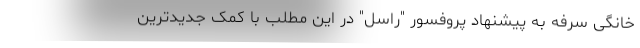
خانگی سرفه به پیشنهاد پروفسور "راسل" در این مطلب با کمک جدیدترین